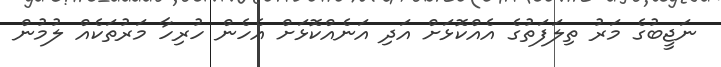
ނަޖީބުގެ މަރު ތިލަފަތުގެ އެއްކޮޅަށް އަދި އަނެއްކޮޅަށް އެހެން ހުރިހާ މަރުތަކެއް ލުމުން